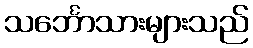
သင်္ဘောသားများသည်